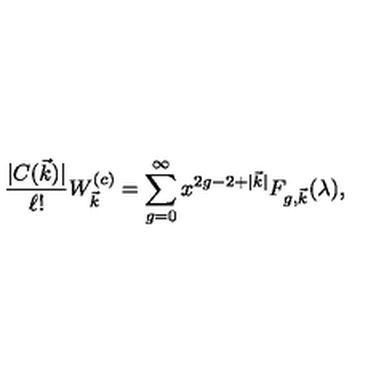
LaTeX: { \frac { | C ( \vec { k } ) | } { \ell ! } } W _ { \vec { k } } ^ { ( c ) } = \sum _ { g = 0 } ^ { \infty } x ^ { 2 g - 2 + | \vec { k } | } F _ { g , \vec { k } } ( \lambda ) ,